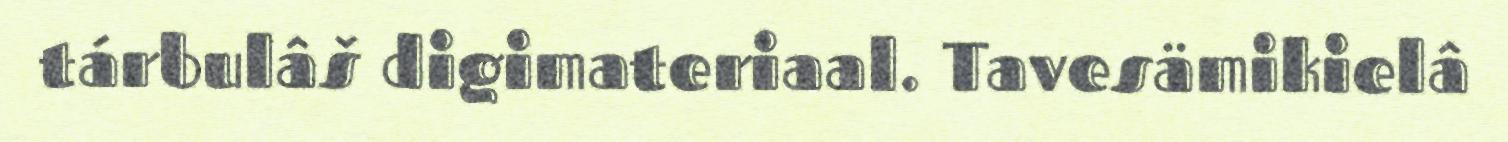
tárbulâš digimateriaal. Tavesämikielâ